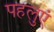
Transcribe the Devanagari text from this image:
पहलुएं